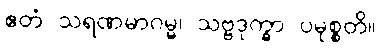
ဧတံ သရဏမာဂမ္မ၊ သဗ္ဗဒုက္ခာ ပမုစ္စတိ။